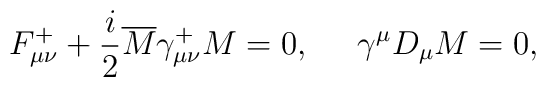
F_{\mu\nu}^+ + \frac{i}{2} \overline M \gamma_{\mu\nu}^+ M =0,\;\;\;\;\; \gamma^\mu D_\mu M = 0,